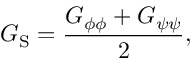
G _ { \mathrm { { S } } } = \frac { G _ { \phi \phi } + G _ { \psi \psi } } { 2 } ,